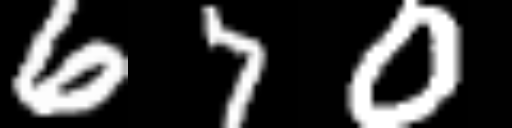
Text: 670